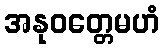
အနုဝတ္တေမဟံ